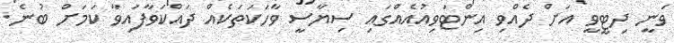
ވަނީ ދިޓީވީ އަށް ދެއްވި އިންޓަވިއުއެއްގައި ސިޔާސީ ވާހަކަތަކެއް ދައްކަވާފައިވާ ކަމަށް ބުނެ.